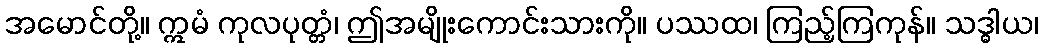
အမောင်တို့။ ဣမံ ကုလပုတ္တံ၊ ဤအမျိုးကောင်းသားကို။ ပဿထ၊ ကြည့်ကြကုန်။ သဒ္ဓါယ၊